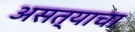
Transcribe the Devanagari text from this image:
असत्याचा